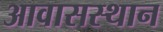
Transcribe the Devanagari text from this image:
आवासस्थान